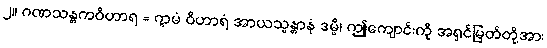
၂။ ဂဏသန္တကဝိဟာရ = ဣမံ ဝိဟာရံ အာယသ္မန္တာနံ ဒမ္မိ၊ ဤကျောင်းကို အရှင်မြတ်တို့အား